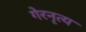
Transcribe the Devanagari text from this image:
गेरनृत्य